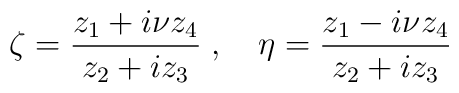
\zeta=\frac{z_1+i\nu z_4}{z_2+i z_3}\;,\quad \eta=\frac{z_1-i\nu z_4}{z_2+i z_3}